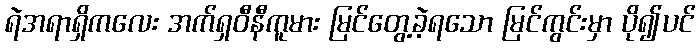
ရဲအရာရှိကလေး အက်ရှဝီနီကူမား မြင်တွေ့ခဲ့ရသော မြင်ကွင်းမှာ ပို၍ပင်